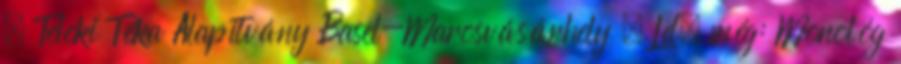
– Teleki Téka Alapítvány Basel-Marosvásárhely . Ld. még: Monológ